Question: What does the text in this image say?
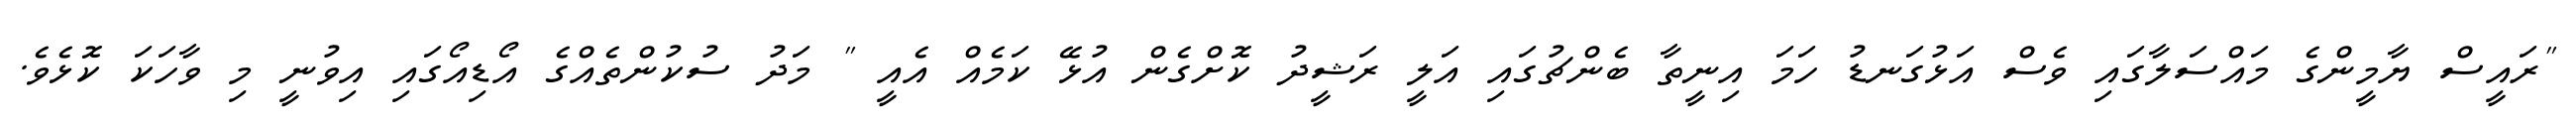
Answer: "ރައީސް ޔާމީންގެ މައްސަލާގައި ވެސް އަޅުގަނޑު ހަމަ އިނީތާ ބެންޗުގައި އަލީ ރަޝީދު ކޮށްގެން އުޅޭ ކަމެއް އެއީ " މަދު ސުކުންތެއްގެ އޯޑިއޯގައި އިވުނީ މި ވާހަކަ ކޮޅެވެ.